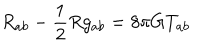
R _ { a b } - \frac { 1 } { 2 } R g _ { a b } = 8 \pi G T _ { a b }